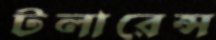
টলারেন্স